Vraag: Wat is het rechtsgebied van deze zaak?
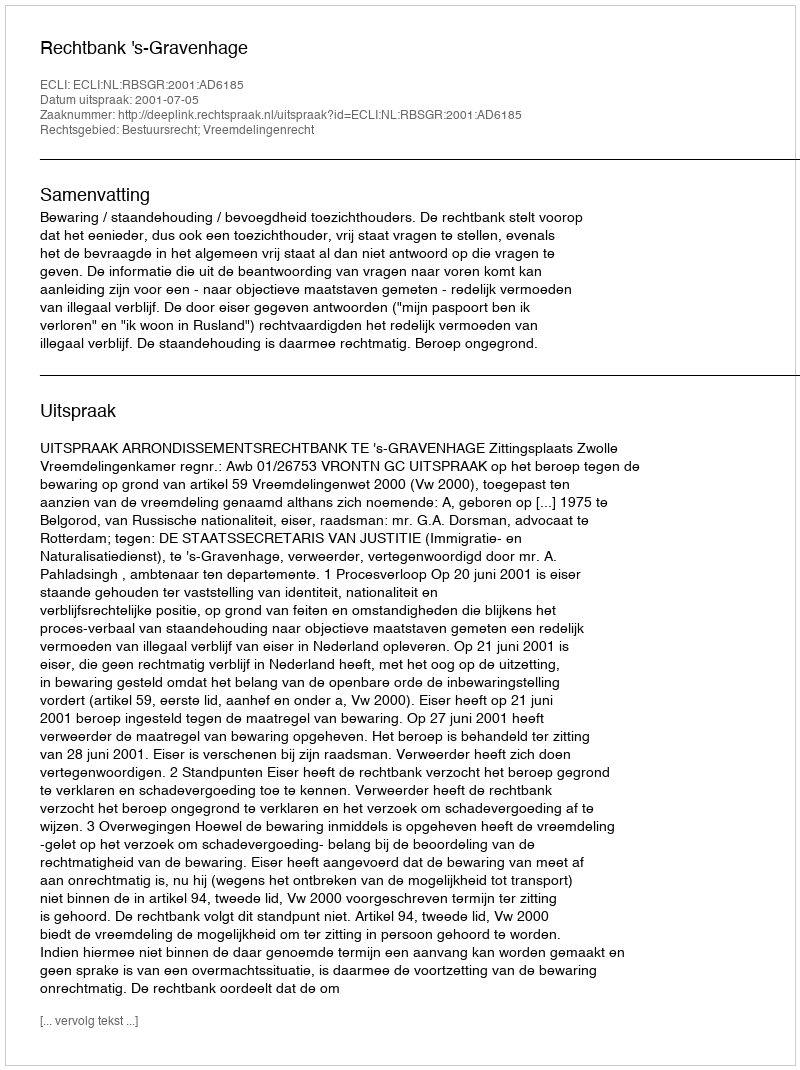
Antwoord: Bestuursrecht; Vreemdelingenrecht